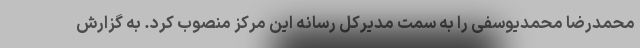
محمدرضا محمدیوسفی را به سمت مدیرکل رسانه این مرکز منصوب کرد. به گزارش